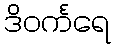
ဒိဝင်္ကရေ